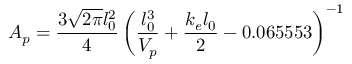
A _ { p } = \frac { 3 \sqrt { 2 \pi } l _ { 0 } ^ { 2 } } { 4 } \left( \frac { l _ { 0 } ^ { 3 } } { V _ { p } } + \frac { k _ { e } l _ { 0 } } { 2 } - 0 . 0 6 5 5 5 3 \right) ^ { - 1 }